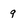
Character: 9